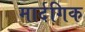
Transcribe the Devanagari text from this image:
मार्दगिक